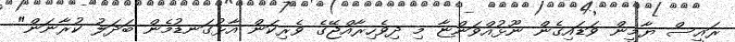
ރައީސް ޔާމީން ވަޑައިގެން ނޫޅުއްވަންޏާ މި ދިވެހިރާއްޖޭގެ ވެރިކަން އާޅުގަނޑުމެން ބަދަލު ކުރާނަން"